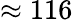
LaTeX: \approx 116